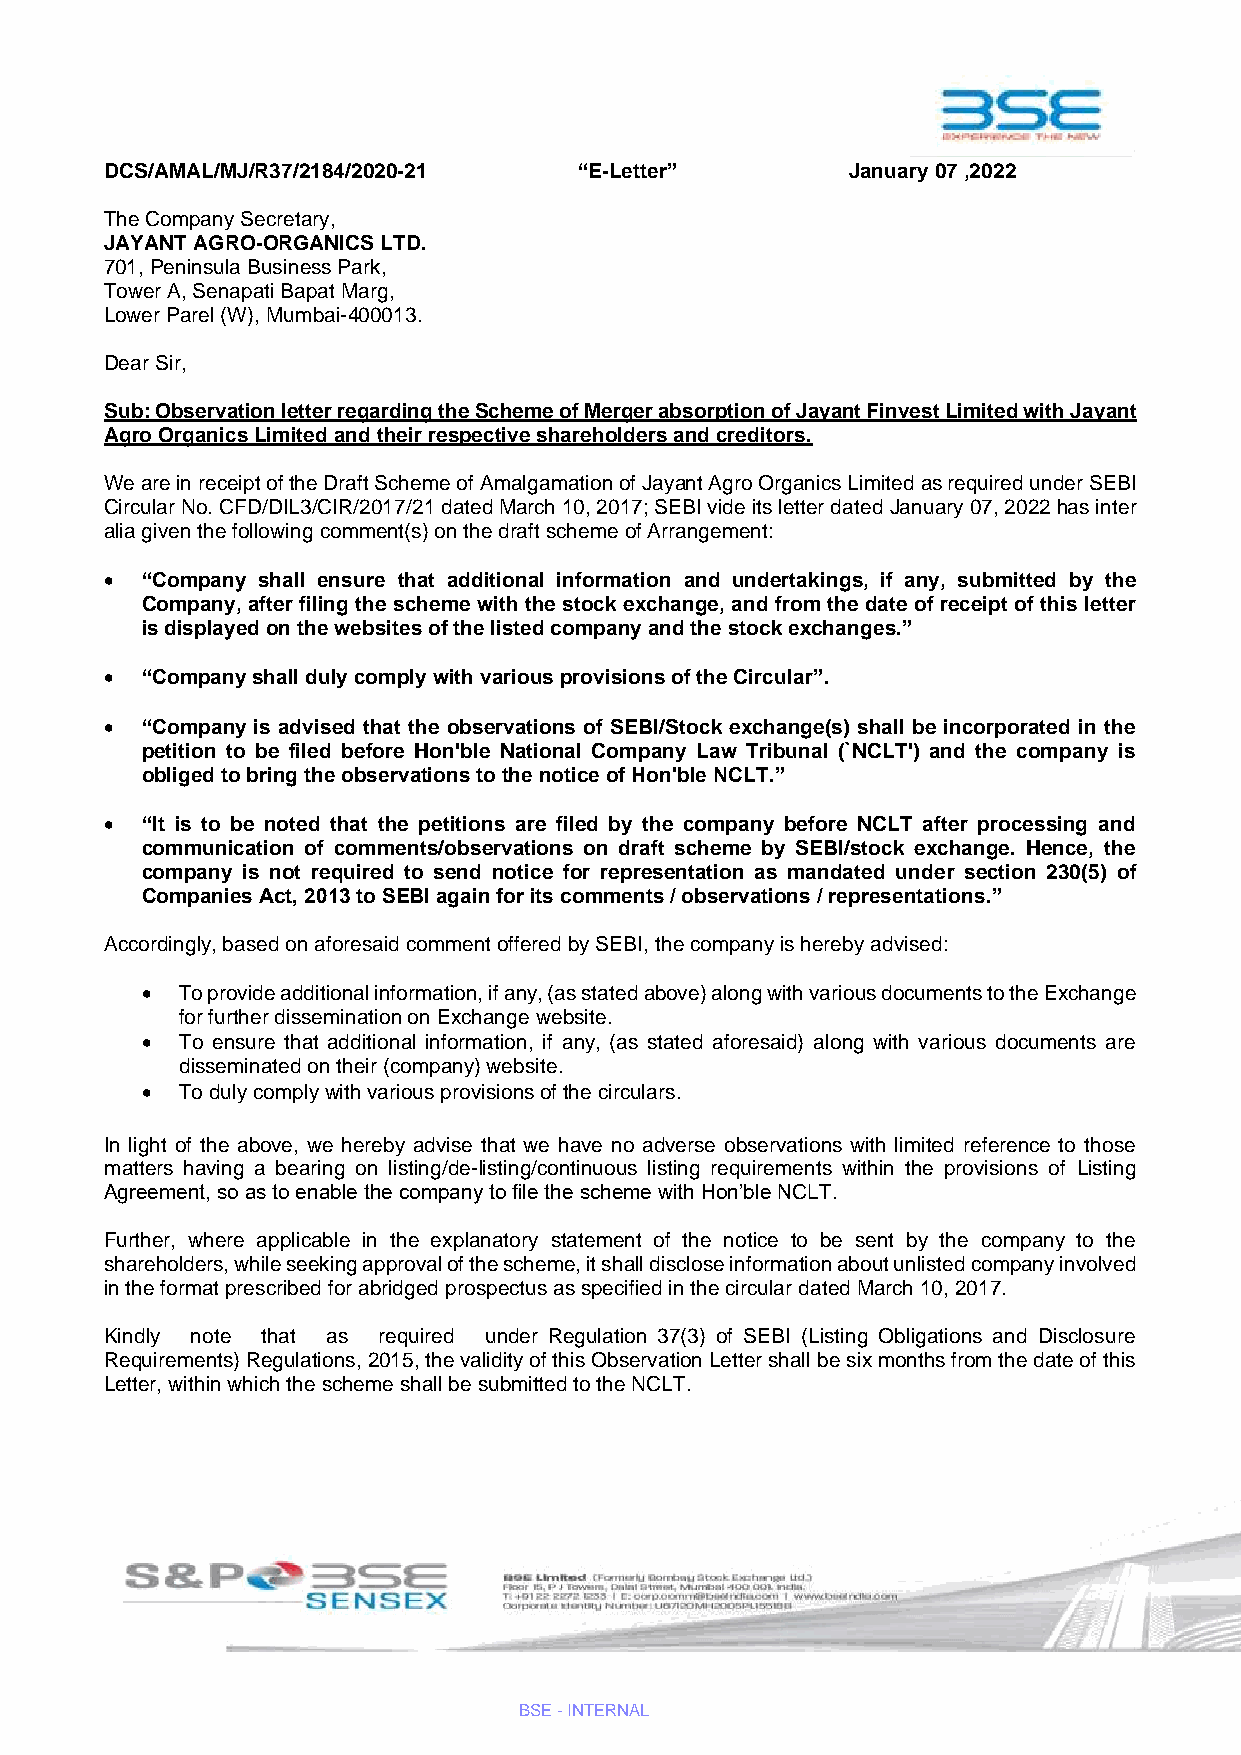
DCS/AMAL/MJ/R37/2184/2020-21   “E-Letter”        January 07 ,2022
 The Company Secretary,
 JAYANT AGRO-ORGANICS LTD.
 701, Peninsula Business Park,
 Tower A, Senapati Bapat Marg,
 Lower Parel (W), Mumbai-400013.
 Dear Sir,
 Sub: Observation letter regarding the Scheme of Merger absorption of Jayant Finvest Limited with Jayant
 Agro Organics Limited and their respective shareholders and creditors.
 We are in receipt of the Draft Scheme of Amalgamation of Jayant Agro Organics Limited as required under SEBI
 Circular No. CFD/DIL3/CIR/2017/21 dated March 10, 2017; SEBI vide its letter dated January 07, 2022 has inter
 alia given the following comment(s) on the draft scheme of Arrangement:
 • “Company shall ensure that additional information and undertakings, if any, submitted by the
 Company, after filing the scheme with the stock exchange, and from the date of receipt of this letter
 is displayed on the websites of the listed company and the stock exchanges.”
 • “Company shall duly comply with various provisions of the Circular”.
 • “Company is advised that the observations of SEBI/Stock exchange(s) shall be incorporated in the
 petition to be filed before Hon'ble National Company Law Tribunal (`NCLT') and the company is
 obliged to bring the observations to the notice of Hon'ble NCLT.”
 • “It is to be noted that the petitions are filed by the company before NCLT after processing and
 communication of comments/observations on draft scheme by SEBI/stock exchange. Hence, the
 company is not required to send notice for representation as mandated under section 230(5) of
 Companies Act, 2013 to SEBI again for its comments / observations / representations.”
 Accordingly, based on aforesaid comment offered by SEBI, the company is hereby advised:
 •  To provide additional information, if any, (as stated above) along with various documents to the Exchange
 for further dissemination on Exchange website.
 •  To ensure that additional information, if any, (as stated aforesaid) along with various documents are
 disseminated on their (company) website.
 •  To duly comply with various provisions of the circulars.
 In light of the above, we hereby advise that we have no adverse observations with limited reference to those
 matters having a bearing on listing/de-listing/continuous listing requirements within the provisions of Listing
 Agreement, so as to enable the company to file the scheme with Hon’ble NCLT.
 Further, where applicable in the explanatory statement of the notice to be sent by the company to the
 shareholders, while seeking approval of the scheme, it shall disclose information about unlisted company involved
 in the format prescribed for abridged prospectus as specified in the circular dated March 10, 2017.
 Kindly note that as required under Regulation 37(3) of SEBI (Listing Obligations and Disclosure
 Requirements) Regulations, 2015, the validity of this Observation Letter shall be six months from the date of this
 Letter, within which the scheme shall be submitted to the NCLT.
 BSE - INTERNAL